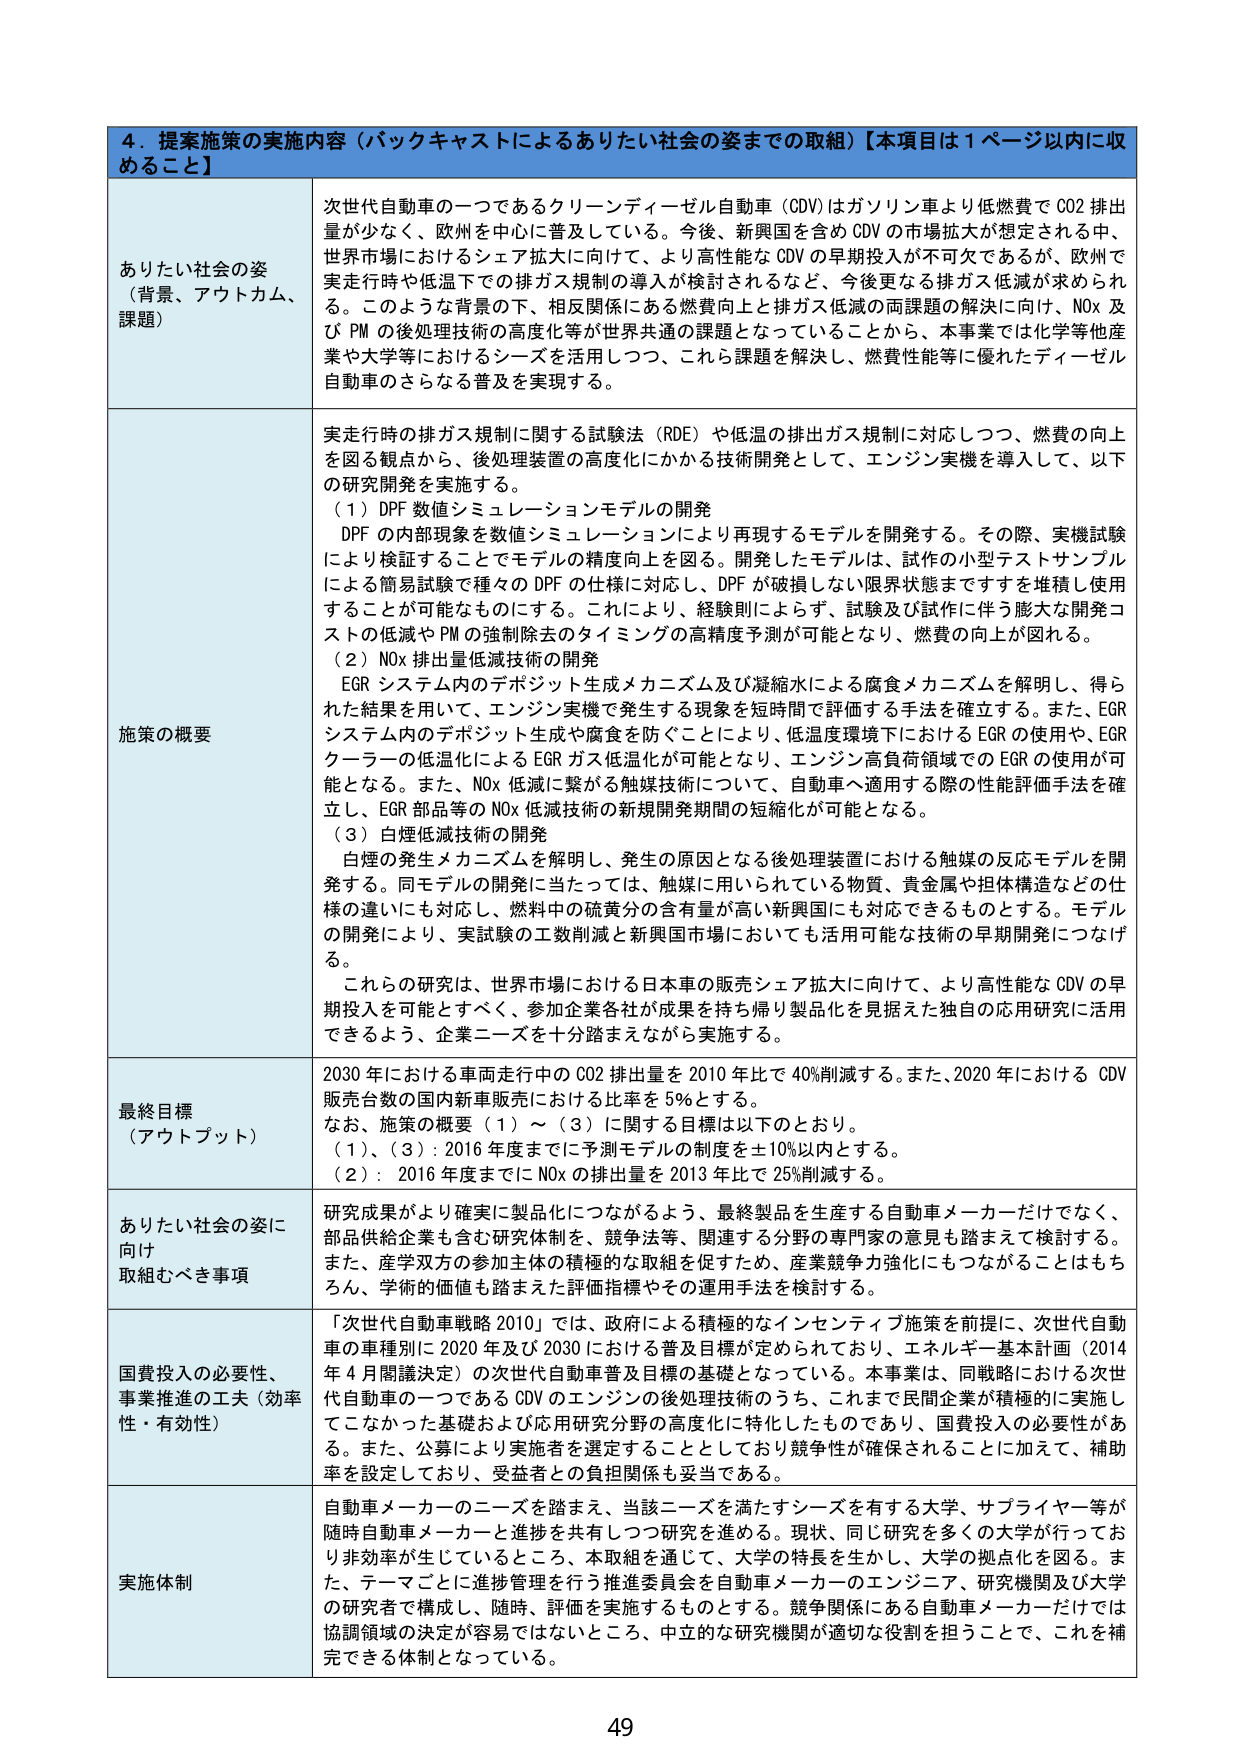
4．提案施策の実施内容（バックキャストによるありたい社会の姿までの取組）【本項目は1ページ以内に収めること】

ありたい社会の姿
（背景、アウトカム、課題）
次世代自動車の一つであるクリーンディーゼル自動車（CDV）はガソリン車より低燃費でCO2排出量が少なく、欧州を中心に普及している。今後、新興国を含めCDVの市場拡大が想定される中、世界市場におけるシェア拡大に向けて、より高性能なCDVの早期投入が不可欠であるが、欧州で実走行時や低温下での排ガス規制の導入が検討されるなど、今後更なる排ガス低減が求められる。このような背景の下、相反関係にある燃費向上と排ガス低減の両課題の解決に向け、NOx及びPMの後処理技術の高度化等が世界共通の課題となっていることから、本事業では化学等他産業や大学等におけるシーズを活用しつつ、これら課題を解決し、燃費性能等に優れたディーゼル自動車のさらなる普及を実現する。

施策の概要
実走行時の排ガス規制に関する試験法（RDE）や低温の排出ガス規制に対応しつつ、燃費の向上を図る観点から、後処理装置の高度化にかかる技術開発として、エンジン実機を導入して、以下の研究開発を実施する。
（1）DPF数値シミュレーションモデルの開発
DPFの内部現象を数値シミュレーションにより再現するモデルを開発する。その際、実機試験により検証することでモデルの精度向上を図る。開発したモデルは、試作の小型テストサンプルによる簡易試験で種々のDPFの仕様に対応し、DPFが破損しない限界状態まですらを堆積し使用することが可能なものにする。これにより、経験則によらず、試験及び試作に伴う膨大な開発コストの低減やPMの強制除去のタイミングの高精度予測が可能となり、燃費の向上が図れる。
（2）NOx排出量低減技術の開発
EGRシステム内のデポジット生成メカニズム及び凝縮水による腐食メカニズムを解明し、得られた結果を用いて、エンジン実機で発生する現象を短時間で評価する手法を確立する。また、EGRシステム内のデポジット生成や腐食を防ぐことにより、低温環境下におけるEGRの使用や、EGRクーラーの低温化によるEGRガス低温化が可能となり、エンジン高負荷領域でのEGRの使用が可能となる。また、NOx低減に繋がる触媒技術について、自動車へ適用する際の性能評価手法を確立し、EGR部品等のNOx低減技術の新規開発期間の短縮化が可能となる。
（3）白煙低減技術の開発
白煙の発生メカニズムを解明し、発生の原因となる後処理装置における触媒の反応モデルを開発する。同モデルの開発に当たっては、触媒に用いられている物質、貴金属や担体構造などの仕様の違いにも対応し、燃料中の硫黄分の含有量が高い新興国にも対応できるものとする。モデルの開発により、実試験の工数削減と新興国市場においても活用可能な技術の早期開発につなげる。
これらの研究は、世界市場における日本車の販売シェア拡大に向けて、より高性能なCDVの早期投入を可能とすべく、参加企業各社が成果を持ち帰り製品化を見据えた独自の応用研究に活用できるよう、企業ニーズを十分踏まえながら実施する。

最終目標
（アウトプット）
2030年における車両走行中のCO2排出量を2010年比で40%削減する。また、2020年におけるCDV販売台数の国内新車販売における比率を5%とする。
なお、施策の概要（1）～（3）に関する目標は以下のとおり。
（1）、（3）：2016年度までに予測モデルの精度を±10%以内とする。
（2）：2016年度までにNOxの排出量を2013年比で25%削減する。

ありたい社会の姿に向け取組むべき事項
研究成果がより確実に製品化につながるよう、最終製品を生産する自動車メーカーだけでなく、部品供給企業も含む研究体制を、競争法等、関連する分野の専門家の意見も踏まえて検討する。また、産学双方の参加主体の積極的な取組を促すため、産業競争力強化にもつながることはもちろん、学術的価値も踏まえた評価指標やその運用手法を検討する。

国費投入の必要性、事業推進の工夫（効率性・有効性）
「次世代自動車戦略2010」では、政府による積極的なインセンティブ施策を前提に、次世代自動車の車種別に2020年及び2030における普及目標が定められており、エネルギー基本計画（2014年4月閣議決定）の次世代自動車普及目標の基礎となっている。本事業は、同戦略における次世代自動車の一つであるCDVのエンジンの後処理技術のうち、これまで民間企業が積極的に実施してこなかった基礎および応用研究分野の高度化に特化したものであり、国費投入の必要性がある。また、公募により実施者を選定することとしており競争性が確保されることに加えて、補助率を設定しており、受益者との負担関係も妥当である。

実施体制
自動車メーカーのニーズを踏まえ、当該ニーズを満たすシーズを有する大学、サプライヤー等が随時自動車メーカーと連携を共有しつつ研究を進める。現状、同じ研究を多くの大学が行っており非効率が生じているところ、本取組を通じて、大学の特長を生かし、大学の拠点化を図る。また、テーマごとに進捗管理を行う推進委員会を自動車メーカーのエンジニア、研究機関及び大学の研究者で構成し、随時、評価を実施するものとする。競争関係にある自動車メーカーだけでは協調領域の決定が容易ではないところ、中立的な研究機関が適切な役割を担うことで、これを補完できる体制となっている。

49